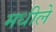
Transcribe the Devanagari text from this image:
मधीले